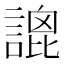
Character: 𧪫